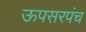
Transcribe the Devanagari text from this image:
ऊपसरपंच